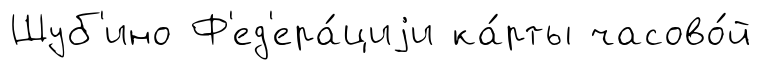
Шуб'ино Ф'ед'ера́циjи ка́рты часово́й